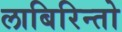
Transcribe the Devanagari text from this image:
लाबिरिन्तो